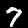
Digit: 7